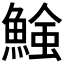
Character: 𩹑